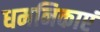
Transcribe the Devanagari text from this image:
धमनिकाएं